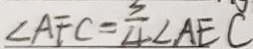
\angle A F C = \frac { 3 } { 4 } \angle A E C